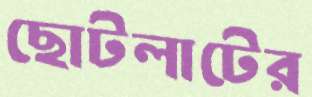
ছোটলাটের